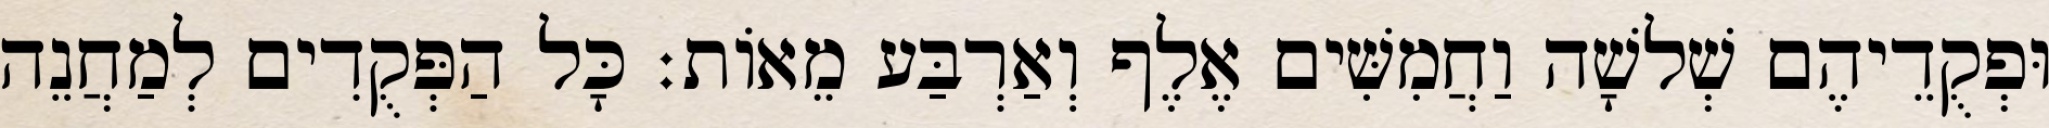
וּפְקֻדֵיהֶם שְׁלשָׁה וַחֲמִשִּׁים אֶלֶף וְאַרְבַּע מֵאוֹת׃ כָּל הַפְּקֻדִים לְמַחֲנֵה